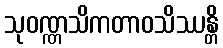
သုဝဏ္ဏသိကတာဝသိဿန္တိ